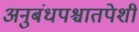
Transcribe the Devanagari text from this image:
अनुबंधपश्चातपेशी